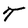
Character: T